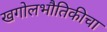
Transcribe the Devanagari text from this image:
खगोलभौतिकीचा